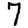
Digit: 7